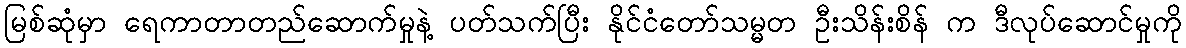
မြစ်ဆုံမှာ ရေကာတာတည်ဆောက်မှုနဲ့ ပတ်သက်ပြီး နိုင်ငံတော်သမ္မတ ဦးသိန်းစိန် က ဒီလုပ်ဆောင်မှုကို